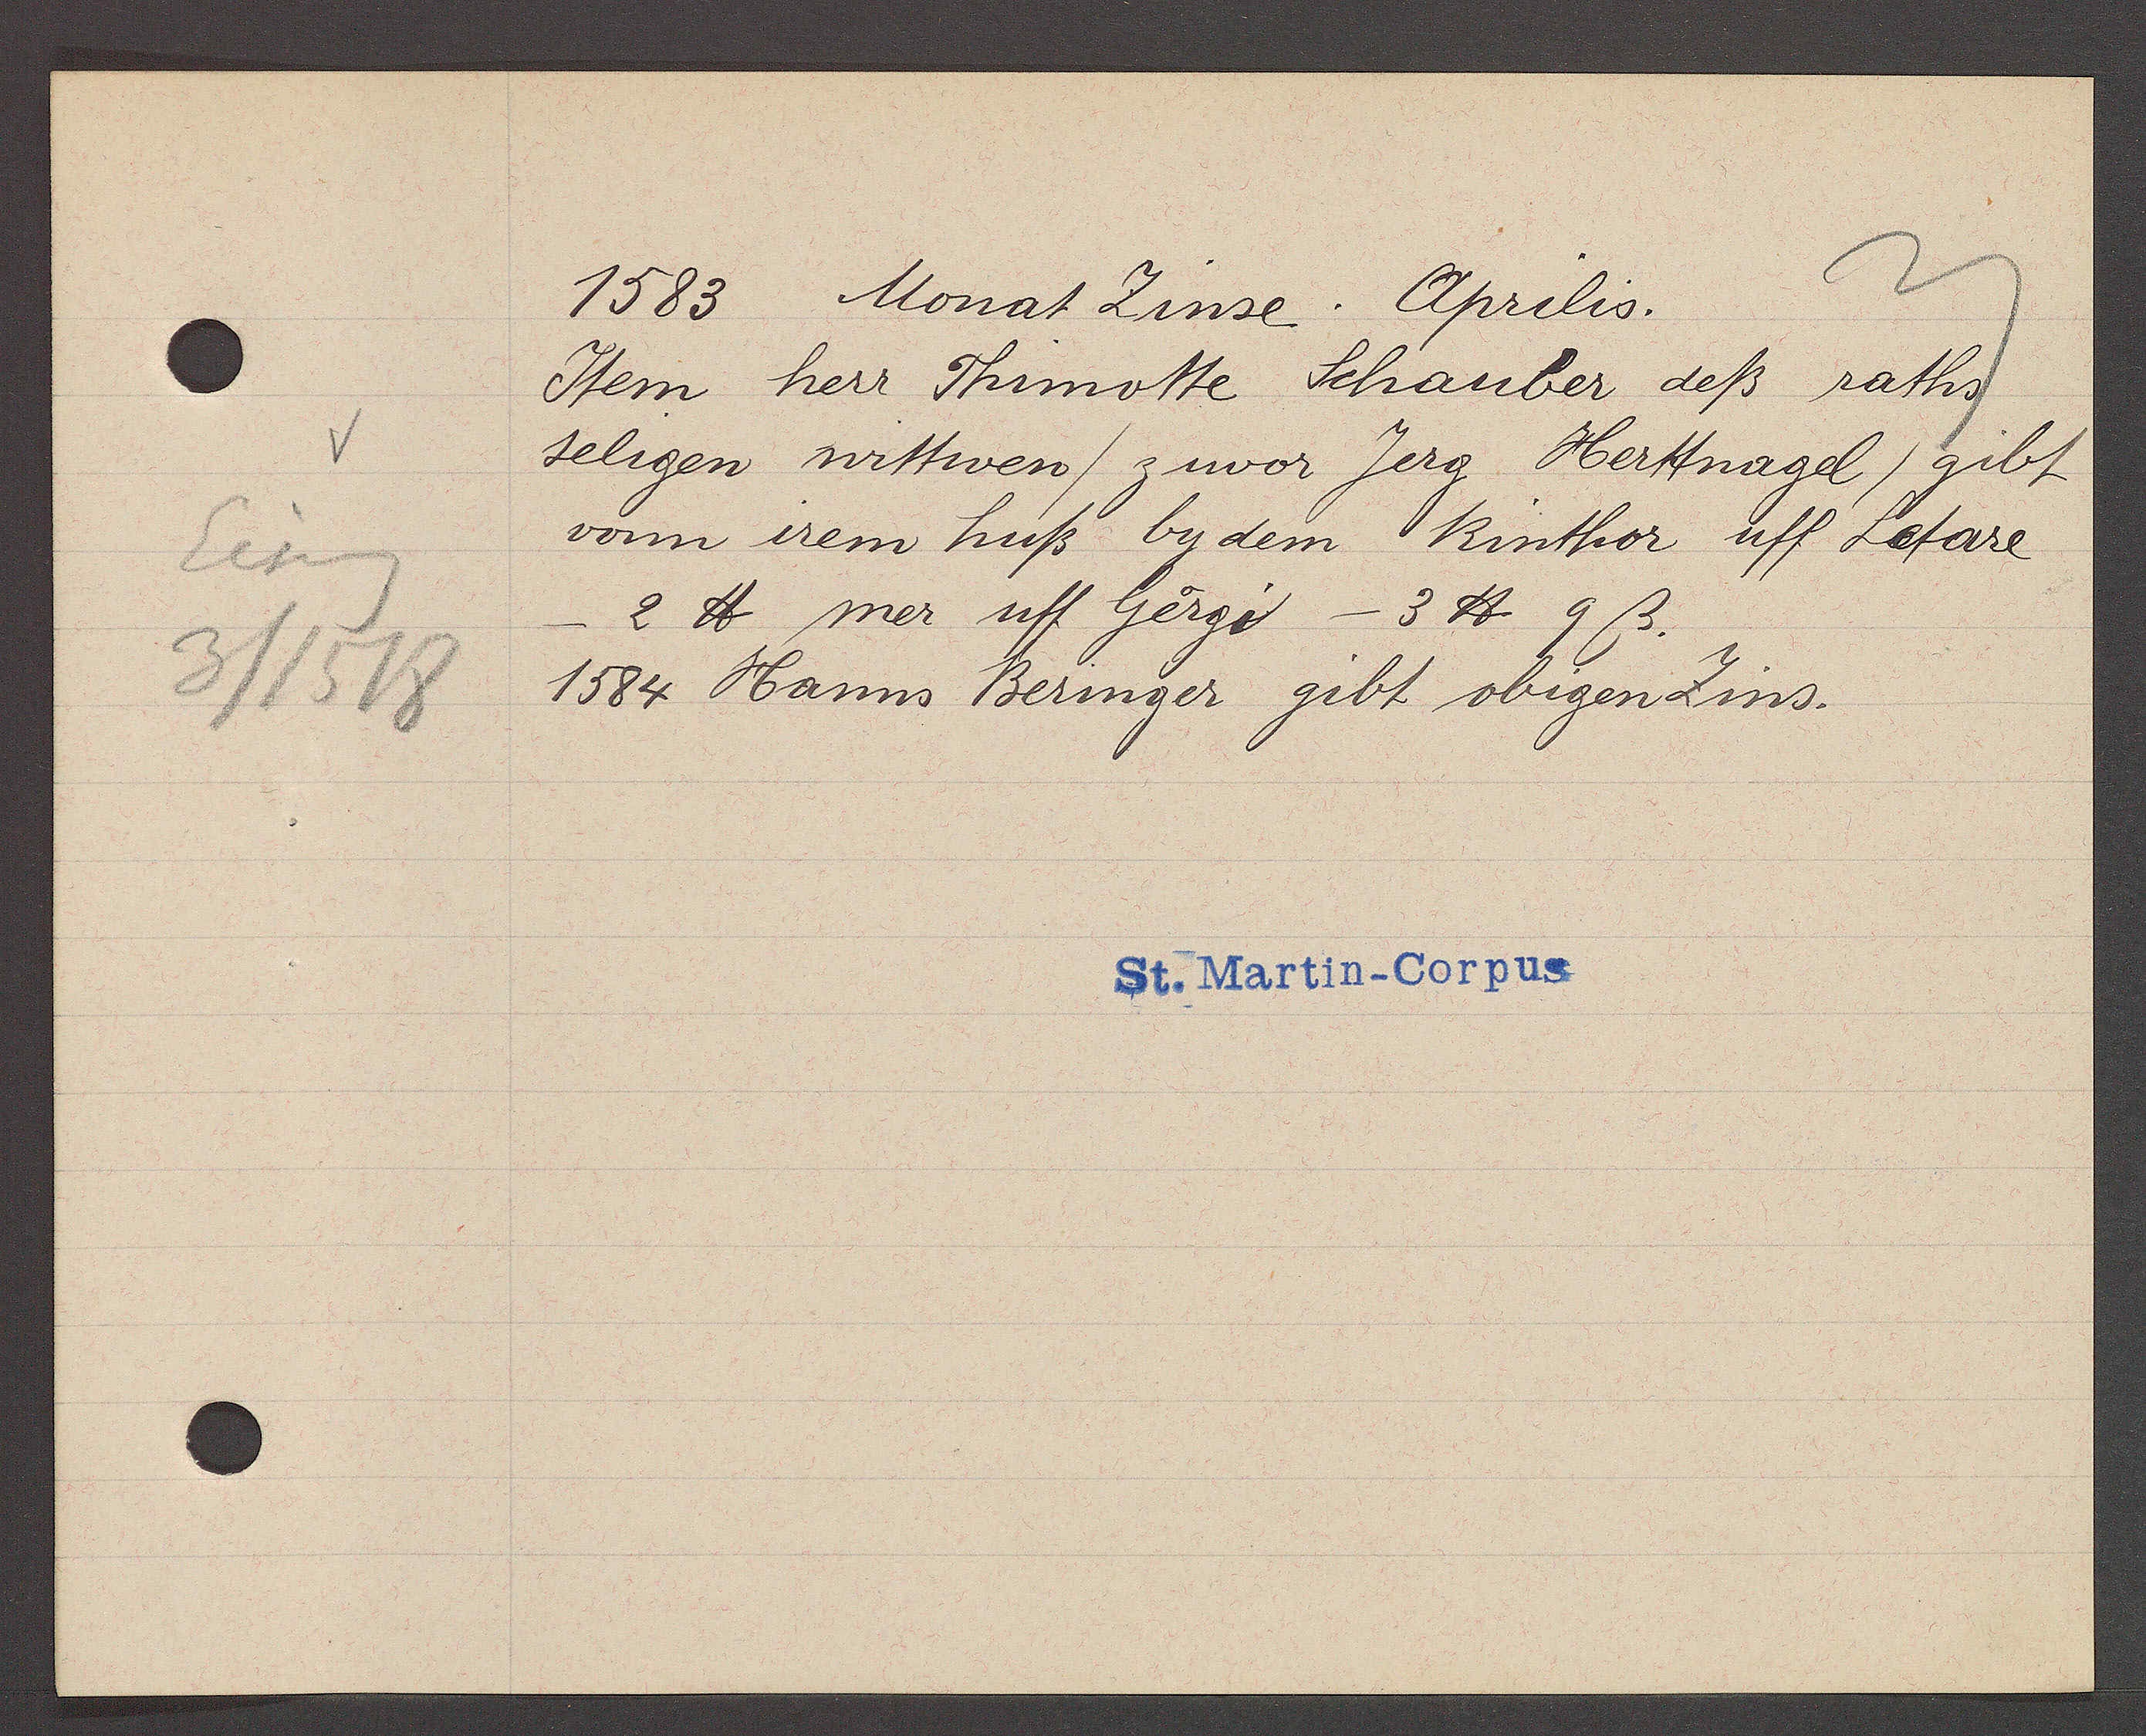
Transcript:
Eiseng
3/1518

1583 Monat Zinse. Aprilis.
Item herr Thimotte Schauber deß raths
seligen wittwen / zuvor Jerg Herttnagel / gibt
vonn irem huß by dem Rinthor uff Letare
- 2 ℔ mer uff Georgi - 3 ℔ 9ß.
1584 Hanns Beringer gibt obigen Zins.